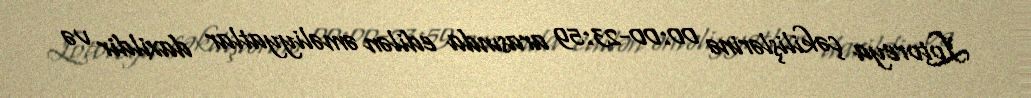
Lotoreya çəkilişlərinə 00:00-23:59 arasında edilən əməliyyatlar daxildir və